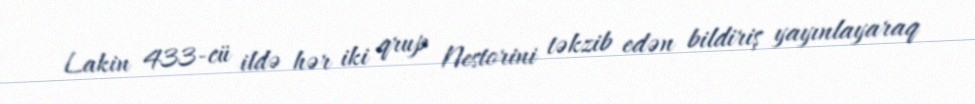
Lakin 433-cü ildə hər iki qrup Nestorini təkzib edən bildiriş yayınlayaraq